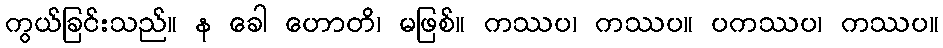
ကွယ်ခြင်းသည်။ န ခေါ ဟောတိ၊ မဖြစ်။ ကဿပ၊ ကဿပ။ ပကဿပ၊ ကဿပ။